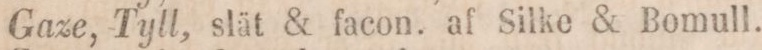
Gaze, Tyll, slät & facon. af Silke & Bomull.